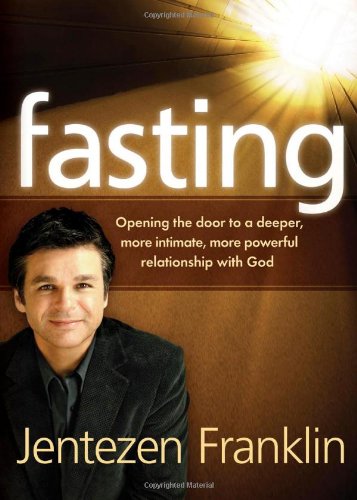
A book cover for Fasting: Opening the door to a deeper, more intimate, more powerful relationship with God; Jentezen Franklin; Christian Books & Bibles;